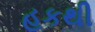
હકથી